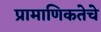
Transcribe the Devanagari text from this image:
प्रामाणिकतेचे